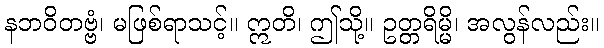
နဘဝိတဗ္ဗံ၊ မဖြစ်ရာသင့်။ ဣတိ၊ ဤသို့။ ဥတ္တရိမ္မိ၊ အလွန်လည်း။